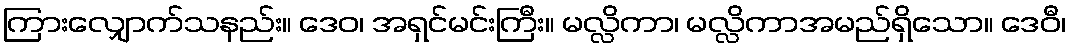
ကြားလျှောက်သနည်း။ ဒေဝ၊ အရှင်မင်းကြီး။ မလ္လိကာ၊ မလ္လိကာအမည်ရှိသော။ ဒေဝီ၊